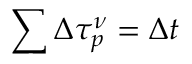
\sum \Delta \tau _ { p } ^ { \nu } = \Delta t